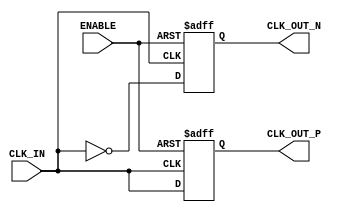
module DifferentialClockBuffer (
    input wire CLK_IN,       // Single-ended clock input
    input wire ENABLE,       // Enable signal
    output wire CLK_OUT_P,   // Differential clock output positive
    output wire CLK_OUT_N    // Differential clock output negative
);

// Internal signals
reg clk_out_p_reg;
reg clk_out_n_reg;

// Hysteresis parameters (for simulation purposes)
parameter HYSTERESIS_VOLTAGE = 0.1; // Example value for hysteresis voltage
parameter THRESHOLD_HIGH = 1.0 - HYSTERESIS_VOLTAGE;
parameter THRESHOLD_LOW = 0.0 + HYSTERESIS_VOLTAGE;

// Clock buffer logic
always @(posedge CLK_IN or negedge ENABLE) begin
    if (!ENABLE) begin
        // When ENABLE is low, outputs are driven to ground
        clk_out_p_reg <= 1'b0;
        clk_out_n_reg <= 1'b0;
    end else begin
        // Generate differential outputs
        clk_out_p_reg <= CLK_IN;                // Directly drive positive output
        clk_out_n_reg <= ~CLK_IN;               // Inverted signal for negative output
    end
end

// Assigning registered outputs to output ports
assign CLK_OUT_P = clk_out_p_reg;
assign CLK_OUT_N = clk_out_n_reg;

endmodule